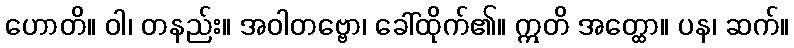
ဟောတိ။ ဝါ၊ တနည်း။ အဝါတဗ္ဗော၊ ခေါ်ထိုက်၏။ ဣတိ အတ္ထော။ ပန၊ ဆက်။